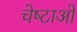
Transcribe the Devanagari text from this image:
चेष्‍टाओं